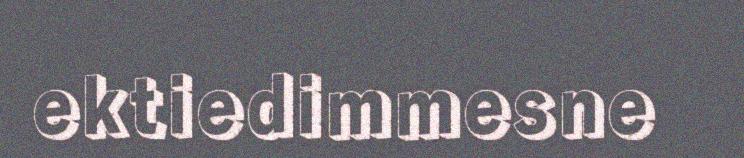
ektiedimmesne